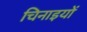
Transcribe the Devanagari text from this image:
चिनाइयों